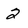
Character: 2